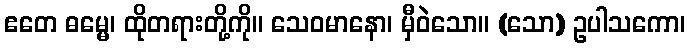
ဧတေ ဓမ္မေ၊ ထိုတရားတို့ကို။ သေဝမာနော၊ မှီဝဲသော။ (သော) ဥပါသကော၊